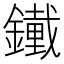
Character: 𨭱